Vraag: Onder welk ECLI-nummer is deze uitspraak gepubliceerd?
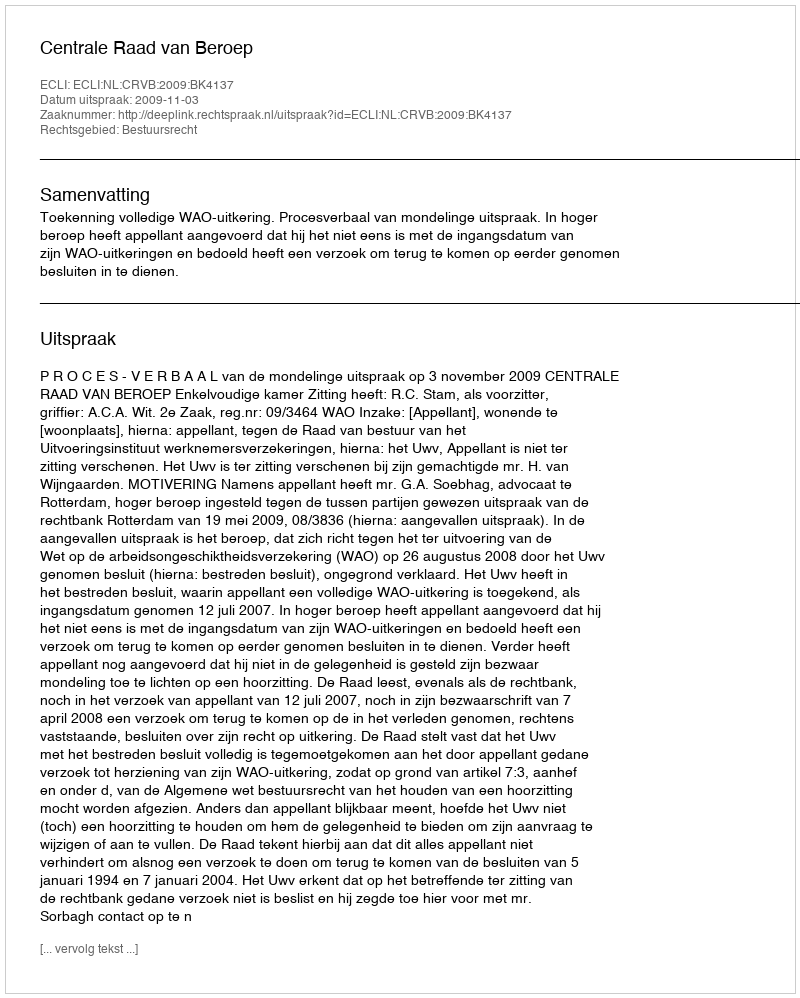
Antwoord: ECLI:NL:CRVB:2009:BK4137